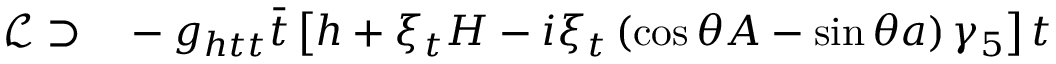
\begin{array} { r l } { \mathcal { L } \supset } & { { } - g _ { h t t } \bar { t } \left[ h + \xi _ { t } H - i \xi _ { t } \left( \cos \theta A - \sin \theta a \right) \gamma _ { 5 } \right] t } \end{array}